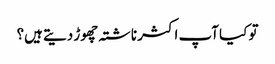
تو کیا آپ اکثر ناشتہ چھوڑ دیتے ہیں؟